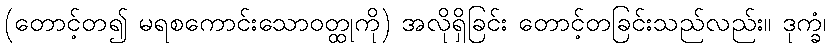
(တောင့်တ၍ မရစကောင်းသောဝတ္ထုကို) အလိုရှိခြင်း တောင့်တခြင်းသည်လည်း။ ဒုက္ခံ၊